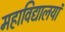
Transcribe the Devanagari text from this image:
महाविद्यालयां